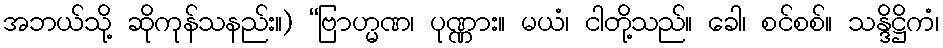
အဘယ်သို့ ဆိုကုန်သနည်း။) “ဗြာဟ္မဏ၊ ပုဏ္ဏား။ မယံ၊ ငါတို့သည်။ ခေါ၊ စင်စစ်။ သန္ဒိဋ္ဌိကံ၊